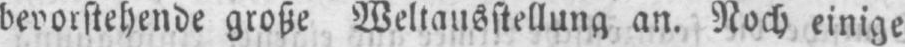
bevorstehende große Weltausstellung an. Noch einige